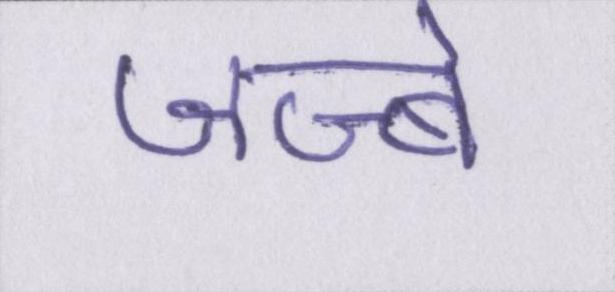
जज्बे